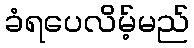
ခံရပေလိမ့်မည်